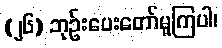
(၂၆) ဘုဉ်းပေးတော်မူကြပါ၊